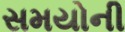
સમયોની